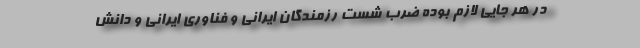
در هر جایی لازم بوده ضرب شست رزمندگان ایرانی و فناوری ایرانی و دانش